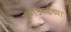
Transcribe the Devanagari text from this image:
मरीआईच्या